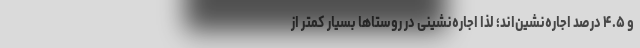
و ۴.۵ درصد اجاره‌نشین‌اند؛ لذا اجاره‌نشینی در روستاها بسیار کمتر از